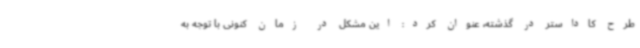
طرح کاداستر در گذشته، عنوان کرد: این مشکل در زمان کنونی با توجه به